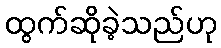
ထွက်ဆိုခဲ့သည်ဟု